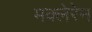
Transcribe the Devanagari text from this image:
मक्लेरेन